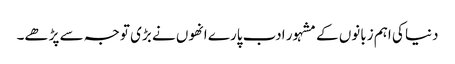
دنیا کی اہم زبانوں کے مشہور ادب پارے انھوں نے بڑی توجہ سے پڑھے۔